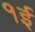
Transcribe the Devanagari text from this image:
१ई